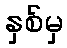
နှစ်မှ